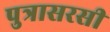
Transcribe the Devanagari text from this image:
पुत्रासरसी